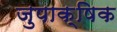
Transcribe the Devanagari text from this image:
जुपाक्षिक